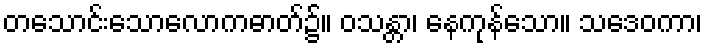
တသောင်းသောလောကဓာတ်၌။ ဝသန္တာ၊ နေကုန်သော။ သဒေဝကာ၊